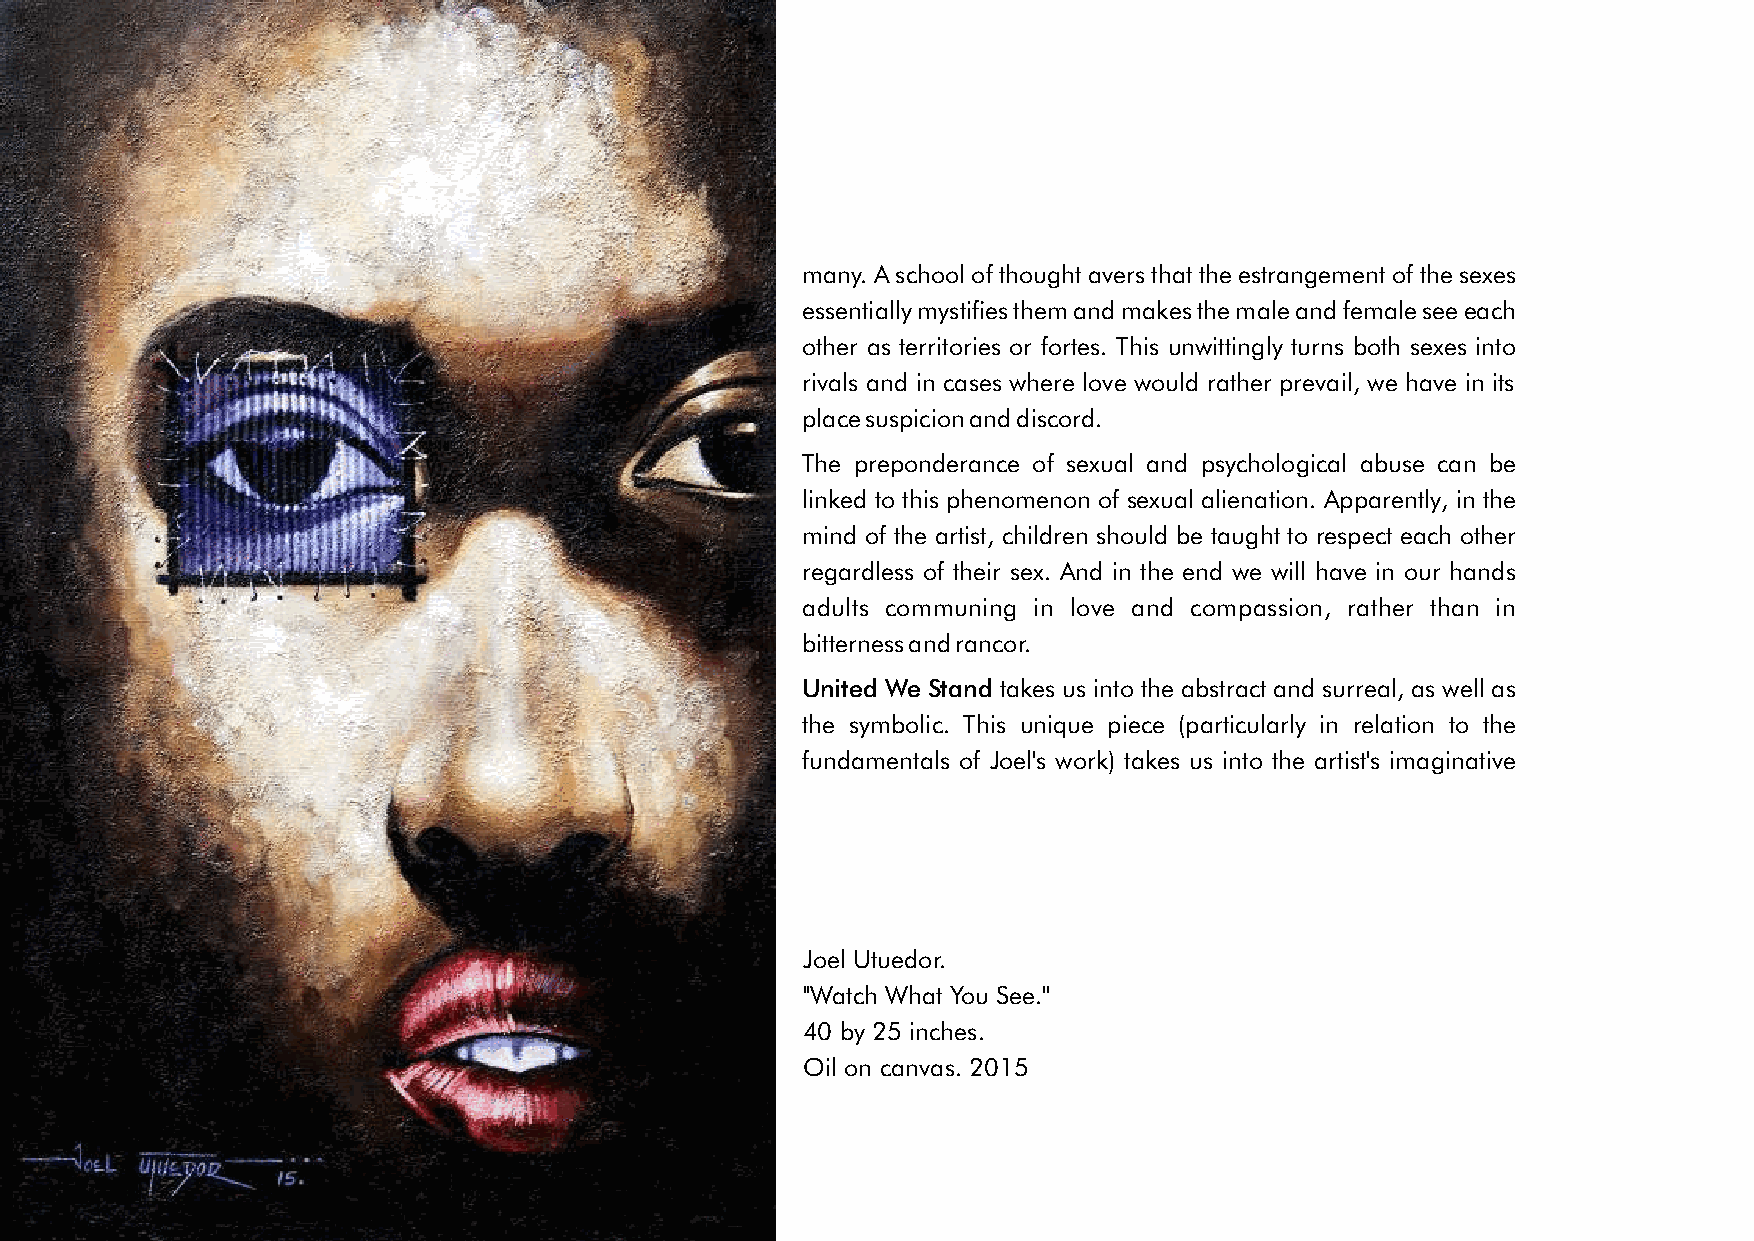
many. A school of thought avers that the estrangement of the sexes          fantasies. Perhaps we await a journey into another realm of his
 essentially mystifies them and makes the male and female see each           realities, or perhaps it is just one aspect of his artistic narratives that
 other as territories or fortes. This unwittingly turns both sexes into      would be thrown at us occasionally; but one thing can be
 rivals and in cases where love would rather prevail, we have in its         established here, and that is the aesthetic appeal that this different
 place suspicion and discord.                                                direction represents. The prospects envisaged in his new
 suggestions are not in doubt, and that is as long as they are
 The preponderance of sexual and psychological abuse can be
 vigorously pursued, as in his other subjects, to a point deserving of
 linked to this phenomenon of sexual alienation. Apparently, in the
 extensive discourse.
 mind of the artist, children should be taught to respect each other
 regardless of their sex. And in the end we will have in our hands
 adults communing in love and compassion, rather than in
 Obi Nwaegbe 5/16 Artist, Analyst
 bitterness and rancor.
 United We Stand takes us into the abstract and surreal, as well as
 the symbolic. This unique piece (particularly in relation to the
 fundamentals of Joel's work) takes us into the artist's imaginative
 Joel Utuedor.                                                                                                     Joel Utuedor.
 ''Watch What You See.''                                                                                       ''Mistaken Identity.''
 40 by 25 inches.                                                                                               26 by 40 inches.
 Oil on canvas. 2015                                                                                   Oil & acrylic on canvas. 2015